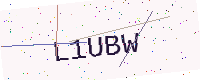
Text: L1UBW